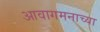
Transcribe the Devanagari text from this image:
आवागमनाच्या